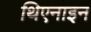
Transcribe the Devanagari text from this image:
थिएनाइन